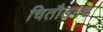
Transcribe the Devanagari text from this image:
चितौड़गढ